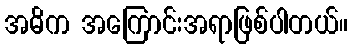
အဓိက အကြောင်းအရာဖြစ်ပါတယ်။